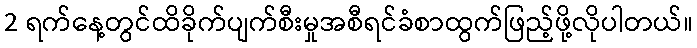
2 ရက်နေ့တွင်ထိခိုက်ပျက်စီးမှုအစီရင်ခံစာထွက်ဖြည့်ဖို့လိုပါတယ်။